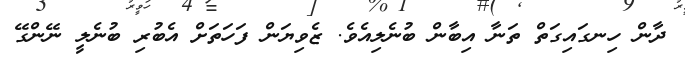
ދާން ހިނގައިގަތް ތަނާ އިބާން ބުނެލިއެވެ. ޒެވިޔަން ފަހަތަށް އެބުރި ބުނެލީ ނޭންގޭ